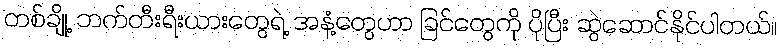
တစ်ချို့ ဘက်တီးရီးယားတွေရဲ့ အနံ့တွေဟာ ခြင်တွေကို ပိုပြီး ဆွဲဆောင်နိုင်ပါတယ်။